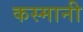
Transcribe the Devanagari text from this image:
कस्मानी